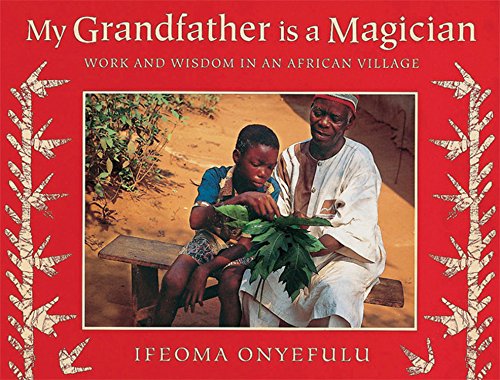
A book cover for My Grandfather Is a Magician: Work and Wisdom in an African Village; Ifeoma Onyefulu; Children's Books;